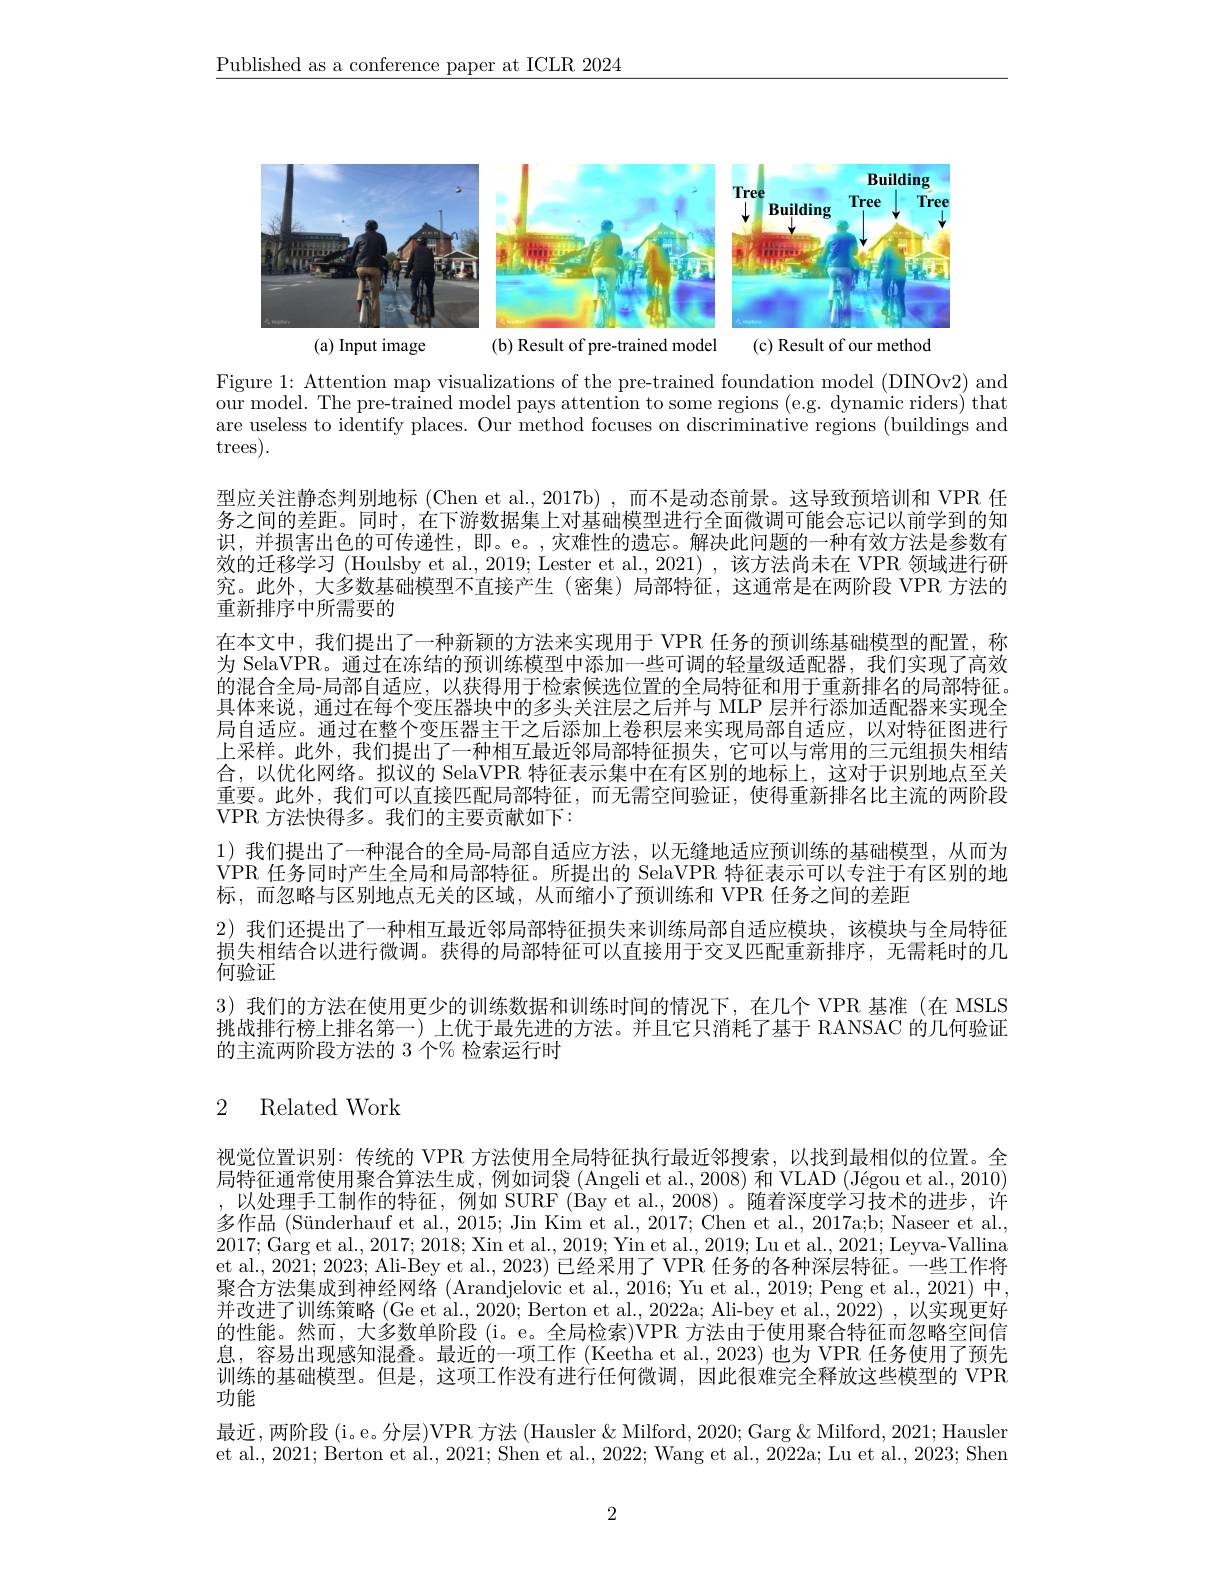
$\underline{\text{Published as a conference paper at ICLR 2024}}$

<FigureHere>
(a) Input image
(b) Result of pre-trained model
(c) Result of our method

Figure 1: Attention map visualizations of the pre-trained foundation model (DINOv2) and our model. The pre-trained model pays attention to some regions (e.g. dynamic riders) that are useless to identify places. Our method focuses on discriminative regions (buildings and trees).

型应关注静态判别地标 (Chen et al., 2017b) , 而不是动态前景。这导致预培训和 VPR 任务之间的差距。同时，在下游数据集上对基础模型进行全面微调可能会忘记以前学到的知识，并损害出色的可传递性，即。e。,灾难性的遗忘。解决此问题的一种有效方法是参数有效的迁移学习 (Houlsby et al., 2019; Lester et al., 2021) , 该方法尚未在 VPR 领域进行研究。此外，大多数基础模型不直接产生(密集)局部特征，这通常是在两阶段 VPR 方法的重新排序中所需要的
在本文中，我们提出了一种新颖的方法来实现用于 VPR 任务的预训练基础模型的配置，称为 SelaVPR。通过在冻结的预训练模型中添加一些可调的轻量级适配器，我们实现了高效的混合全局-局部自适应，以获得用于检索候选位置的全局特征和用于重新排名的局部特征。具体来说，通过在每个变压器块中的多头关注层之后并与 MLP 层并行添加适配器来实现全局自适应。通过在整个变压器主干之后添加上卷积层来实现局部自适应，以对特征图进行上采样。此外，我们提出了一种相互最近邻局部特征损失，它可以与常用的三元组损失相结合，以优化网络。拟议的 SelaVPR 特征表示集中在有区别的地标上，这对于识别地点至关重要。此外，我们可以直接匹配局部特征，而无需空间验证，使得重新排名比主流的两阶段VPR 方法快得多。我们的主要贡献如下：
1)我们提出了一种混合的全局-局部自适应方法，以无缝地适应预训练的基础模型，从而为VPR 任务同时产生全局和局部特征。所提出的 SelaVPR 特征表示可以专注于有区别的地标，而忽略与区别地点无关的区域，从而缩小了预训练和 VPR 任务之间的差距
2) 我们还提出了一种相互最近邻局部特征损失来训练局部自适应模块，该模块与全局特征损失相结合以进行微调。获得的局部特征可以直接用于交叉匹配重新排序，无需耗时的几何验证
3) 我们的方法在使用更少的训练数据和训练时间的情况下，在几个 VPR 基准 (在 MSLS 挑战排行榜上排名第一)上优于最先进的方法。并且它只消耗了基于 RANSAC 的几何验证的主流两阶段方法的 3 个% 检索运行时

# 2 Related Work

视觉位置识别：传统的 VPR 方法使用全局特征执行最近邻搜索，以找到最相似的位置。全局特征通常使用聚合算法生成，例如词袋 (Angeli et al., 2008) 和 VLAD (Jégou et al., 2010) ,以处理手工制作的特征，例如 SURF (Bay et al.,2008)。随着深度学习技术的进步，许多作品 (Sünderhauf et al., 2015; Jin Kim et al., 2017; Chen et al., 2017a;b; Naseer et al., 2017; Garg et al., 2017; 2018; Xin et al., 2019; Yin et al., 2019; Lu et al., 2021; Leyva-Vallina et al., 2021; 2023; Ali-Bey et al., 2023) 已经采用了 VPR 任务的各种深层特征。一些工作将聚合方法集成到神经网络 (Arandjelovic et al., 2016; Yu et al., 2019; Peng et al., 2021) 中， 并改进了训练策略 (Ge et al., 2020; Berton et al., 2022a; Ali-bey et al., 2022) ,以实现更好的性能。然而，大多数单阶段 (i。e。全局检索)VPR 方法由于使用聚合特征而忽略空间信息，容易出现感知混叠。最近的一项工作 (Keetha et al., 2023) 也为 VPR 任务使用了预先训练的基础模型。但是，这项工作没有进行任何微调，因此很难完全释放这些模型的 VPR 功能

最近，两阶段 (i。e。分层)VPR 方法 (Hausler & Milford, 2020; Garg & Milford, 2021; Hausler et al., 2021; Berton et al., 2021; Shen et al., 2022; Wang et al., 2022a; Lu et al., 2023; Shen

2